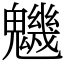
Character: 魕